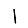
Digit: 1